Report on vaccination in the Province of Bengal - 1869-1873
Year: 1869
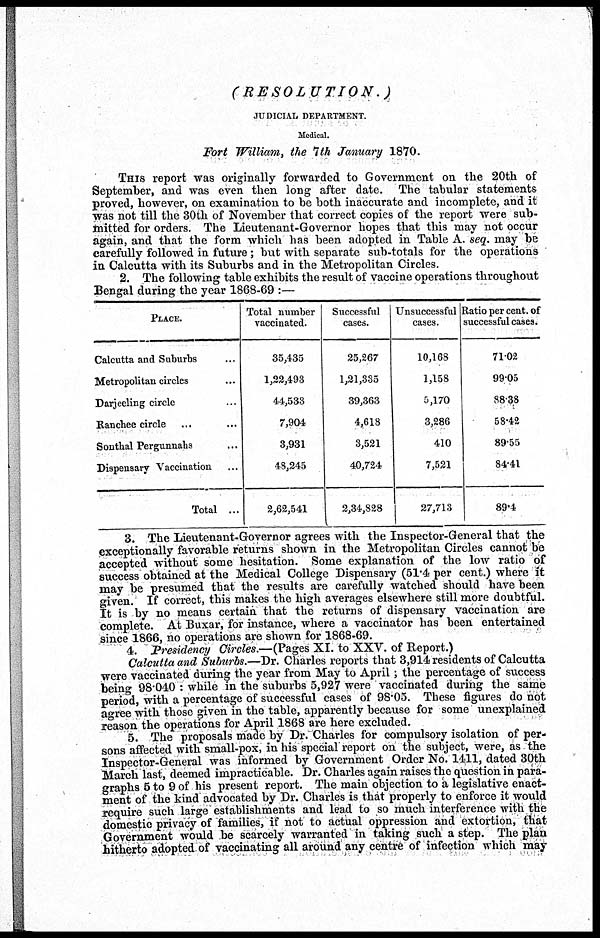
(RESOLUTION.)
JUDICIAL DEPARTMENT.
Medical.
Fort William, the 7th January 1870.
THIS report was originally forwarded to Government on the 20th of
September, and was even then long after date. The tabular statements
proved, however, on examination to be both inaccurate and incomplete, and it
was not till the 30th of November that correct copies of the report were sub-
mitted for orders. The Lieutenant-Governor hopes that this may not occur
again, and that the form which has been adopted in Table A. seq. may be
carefully followed in future; but with separate sub-totals for the operations
in Calcutta with its Suburbs and in the Metropolitan Circles.
2. The following table exhibits the result of vaccine operations throughout
Bengal during the year 1868-69 :—
PLACE.
Calcutta and Suburbs ...
Metropolitan circles ...
Darjeeling circle ...
Ranchee circle ...
Sonthal Pergunnahs ...
Dispensary Vaccination ...
Total ...
Total number
vaccinated.
35,435
1,22,493
44,533
7,904
3,931
48,245
2,62,541
Successful
cases.
25,267
1,21,335
39,363
4,618
3,521
40,724
2,34,828
Unsuccessful
cases.
10,168
1,158
5,170
3,286
410
7,521
27,713
Ratio per cent. of
successful cases.
71.02
99.05
88.38
58.42
89.55
84.41
89.4
3. The Lieutenant-Governor agrees with the Inspector-General that the
exceptionally favorable returns shown in the Metropolitan Circles cannot be
accepted without some hesitation. Some explanation of the low ratio of
success obtained at the Medical College Dispensary (51.4 per cent.) where it
may be presumed that the results are carefully watched should have been
given. If correct, this makes the high averages elsewhere still more doubtful.
It is by no means certain that the returns of dispensary vaccination are
complete. At Buxar, for instance, where a vaccinator has been entertained
since 1866, no operations are shown for 1868-69.
4. Presidency Circles.—(Pages XI. to XXV. of Report.)
Calcutta and Suburbs.—Dr. Charles reports that 3,914 residents of Calcutta
were vaccinated during the year from May to April; the percentage of success
being 98.040 : while in the suburbs 5,927 were ' vaccinated during the same
period, with a percentage of successful cases of 98.05. These figures do not
agree with those given in the table, apparently because for some unexplained
reason the operations for April 1868 are here excluded.
5. The proposals made by Dr. Charles for compulsory isolation of per-
sons affected with small-pox, in his special report on the subject, were, as the
Inspector-General was informed by Government Order No.1411, dated 30th
March last, deemed impracticable. Dr. Charles again raises the question in para-
graphs 5 to 9 of his present report. The main objection to a legislative enact-
ment of the kind advocated by Dr. Charles is that properly to enforce it would
require such large establishments and lead to so much interference with the
domestic privacy of families, if not to actual oppression and extortion, that
Government would be scarcely warranted in taking such a step. The plan
hitherto adopted of vaccinating all around any centre of infection which may